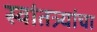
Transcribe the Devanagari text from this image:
स्वांतत्र्यांचा